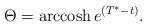
LaTeX: \begin{align*}\Theta = \mathrm{arccosh} \, e^{(T^*-t)}.\end{align*}